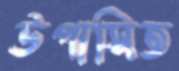
উপাসিত